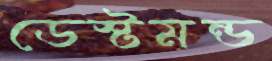
ডেস্টমন্ড